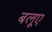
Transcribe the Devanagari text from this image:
बलूए